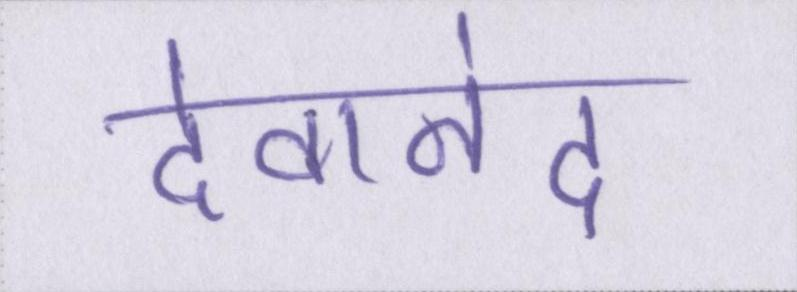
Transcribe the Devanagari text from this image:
देवानंद